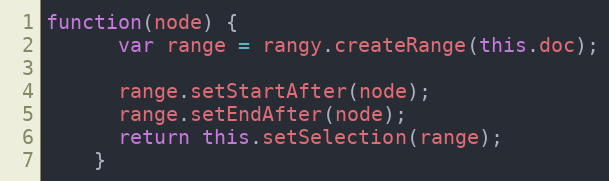
Language: JavaScript
function(node) {
      var range = rangy.createRange(this.doc);

      range.setStartAfter(node);
      range.setEndAfter(node);
      return this.setSelection(range);
    }